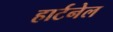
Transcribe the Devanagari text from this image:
हार्टनेल